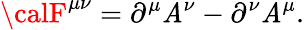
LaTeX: {\calF}^{\mu\nu}=\partial^{\mu}\mathit{A}^{\nu}-\partial^{\nu}\mathit{A}^{\mu}.